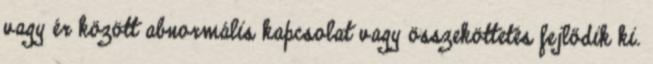
vagy ér között abnormális kapcsolat vagy összeköttetés fejlődik ki.